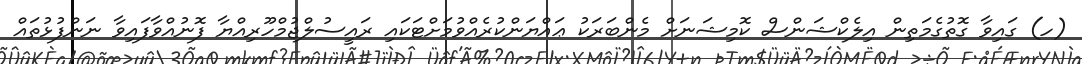
(ހ) ގައިވާ ގޮތުގެމަތިން އިލެކްޝަންސް ކޮމިޝަނަށް މެންބަރަކު ޢައްޔަންކުރެއްވުމަށްޓަކައި ރައީސުލްޖުމްހޫރިއްޔާ ފޮނުއްވާފައިވާ ނަންފުޅުތައް